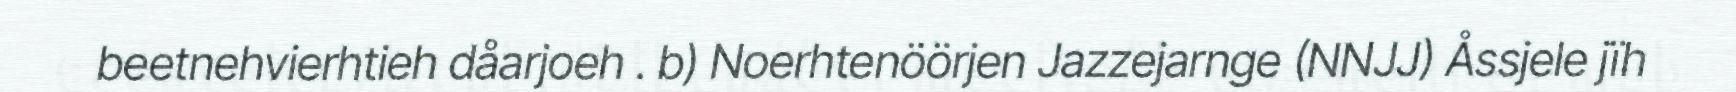
beetnehvierhtieh dåarjoeh . b) Noerhtenöörjen Jazzejarnge (NNJJ) Åssjele jïh